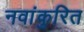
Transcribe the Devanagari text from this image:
नवांकुरित